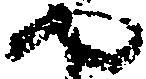
や